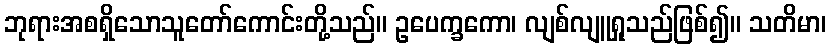
ဘုရားအစရှိသောသူတော်ကောင်းတို့သည်။ ဥပေက္ခကော၊ လျစ်လျူရှုသည်ဖြစ်၍။ သတိမာ၊